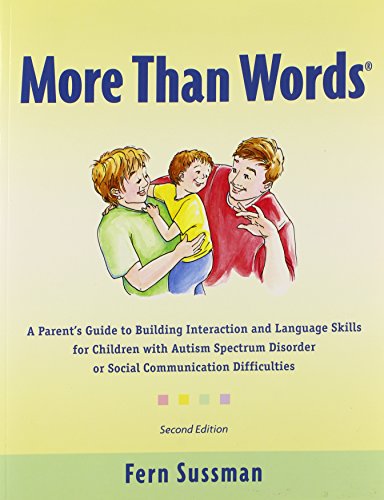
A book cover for More Than Words; Fern Sussman; Education & Teaching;